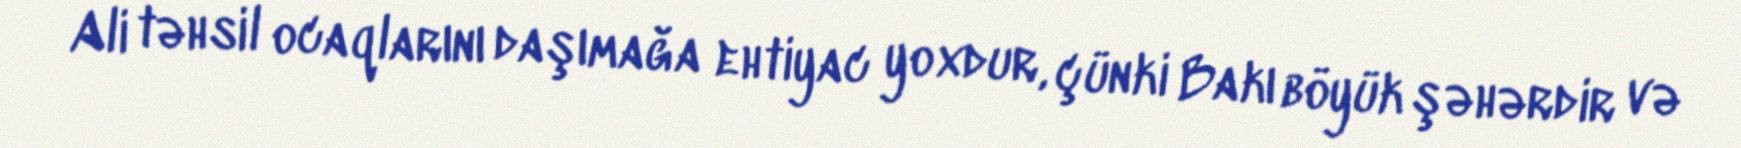
Ali təhsil ocaqlarını daşımağa ehtiyac yoxdur, çünki Bakı böyük şəhərdir və